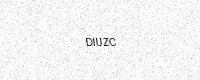
Text: DIUZC